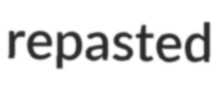
repasted